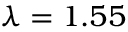
\lambda = 1 . 5 5